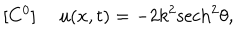
[ C ^ { 0 } ] ~ ~ u ( x , t ) = - 2 k ^ { 2 } \mathrm { s e c h } ^ { 2 } \theta ,